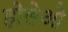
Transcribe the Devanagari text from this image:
होलेओ